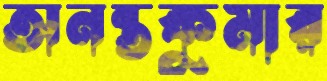
অনন্তকুমার